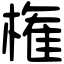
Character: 権